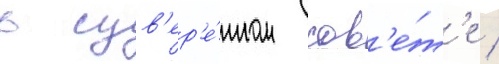
в сув'ер'е́нном сов'е́т'е /